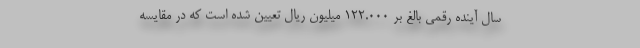
سال آینده رقمی بالغ بر ۱۲۲.۰۰۰ میلیون ریال تعیین شده است که در مقایسه